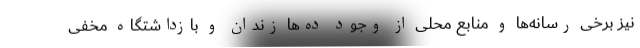
نیز برخی رسانه‌ها و منابع محلی از وجود ده‌ها زندان و بازداشتگاه مخفی